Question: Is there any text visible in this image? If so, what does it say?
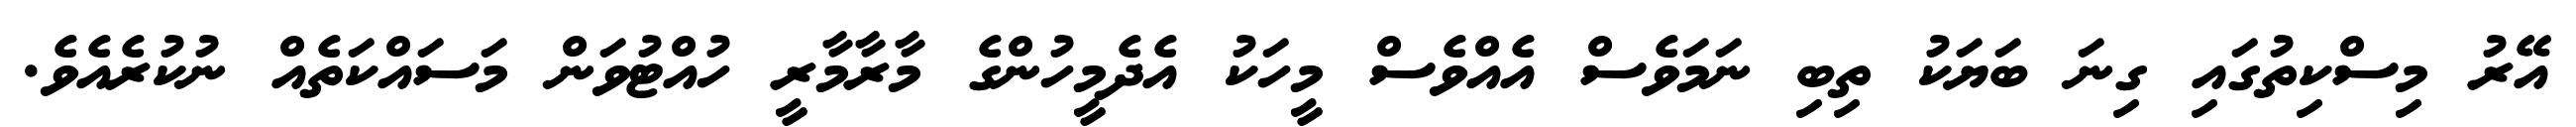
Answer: އޭރު މިސްކިތުގައި ގިނަ ބަޔަކު ތިބި ނަމަވެސް އެއްވެސް މީހަކު އެދެމީހުންގެ މާރާމާރީ ހުއްޓުވަން މަސައްކަތެއް ނުކުރެއެވެ.